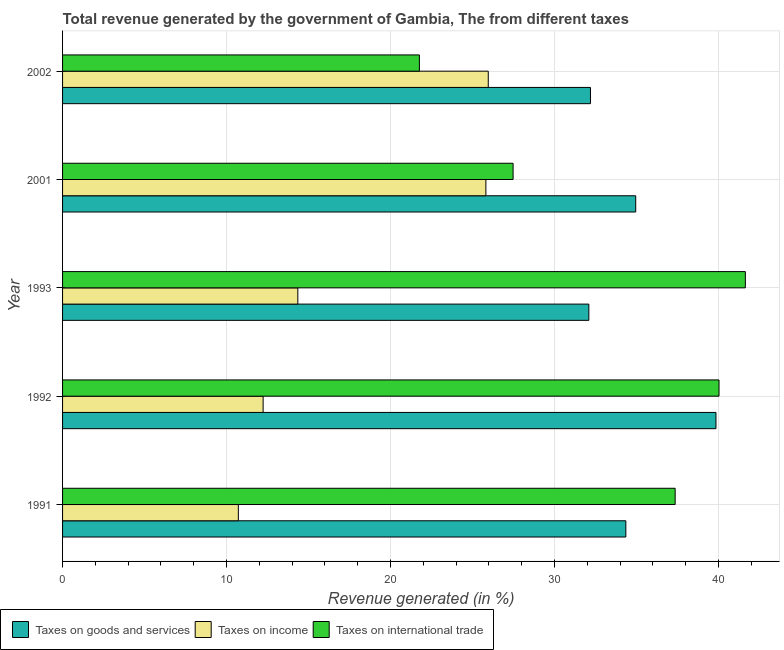
| Year | Taxes on goods and services | Taxes on income | Taxes on international trade |
 | --- | --- | --- | --- |
 | 1991 | 34.4 | 10.7 | 37.4 |
 | 1992 | 39.8 | 12.2 | 40 |
 | 1993 | 32.1 | 14.3 | 41.6 |
 | 2001 | 35 | 25.8 | 27.5 |
 | 2002 | 32.2 | 26 | 21.8 |